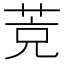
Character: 𦯇